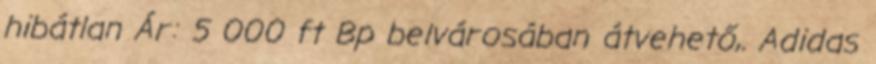
hibátlan Ár: 5 000 ft Bp belvárosában átvehető,. Adidas